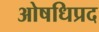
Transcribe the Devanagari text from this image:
ओषधिप्रद